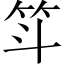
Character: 𫁵